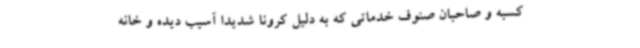
کسبه و صاحبان صنوف خدماتی که به دلیل کرونا شدیدا آسیب دیده و خانه